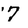
Character: 7